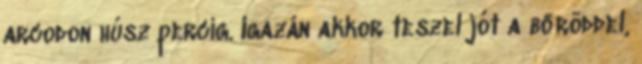
arcodon húsz percig. Igazán akkor teszel jót a bőröddel,